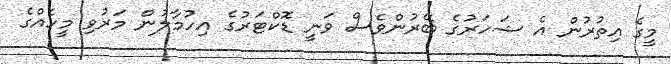
މީގެ އިތުރުން އެ ޝަހަރުގެ ބޭރުންވެސް ވަނީ ޑޮކްޓަރުގެ އިހުމާލުން މަރުވި މީހެއްގެ